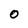
Character: O